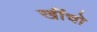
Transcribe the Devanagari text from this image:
खींचो